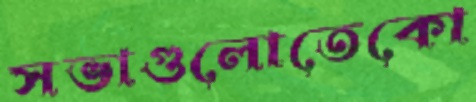
সভাগুলোতেকো